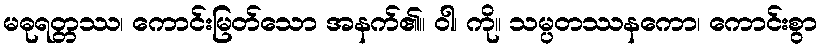
မဓုရတ္တဿ၊ ကောင်းမြတ်သော အနက်၏။ ဝါ၊ ကို။ သမ္ပတဿနကော၊ ကောင်းစွာ